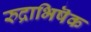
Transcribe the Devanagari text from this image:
रुद्राभिषॆक